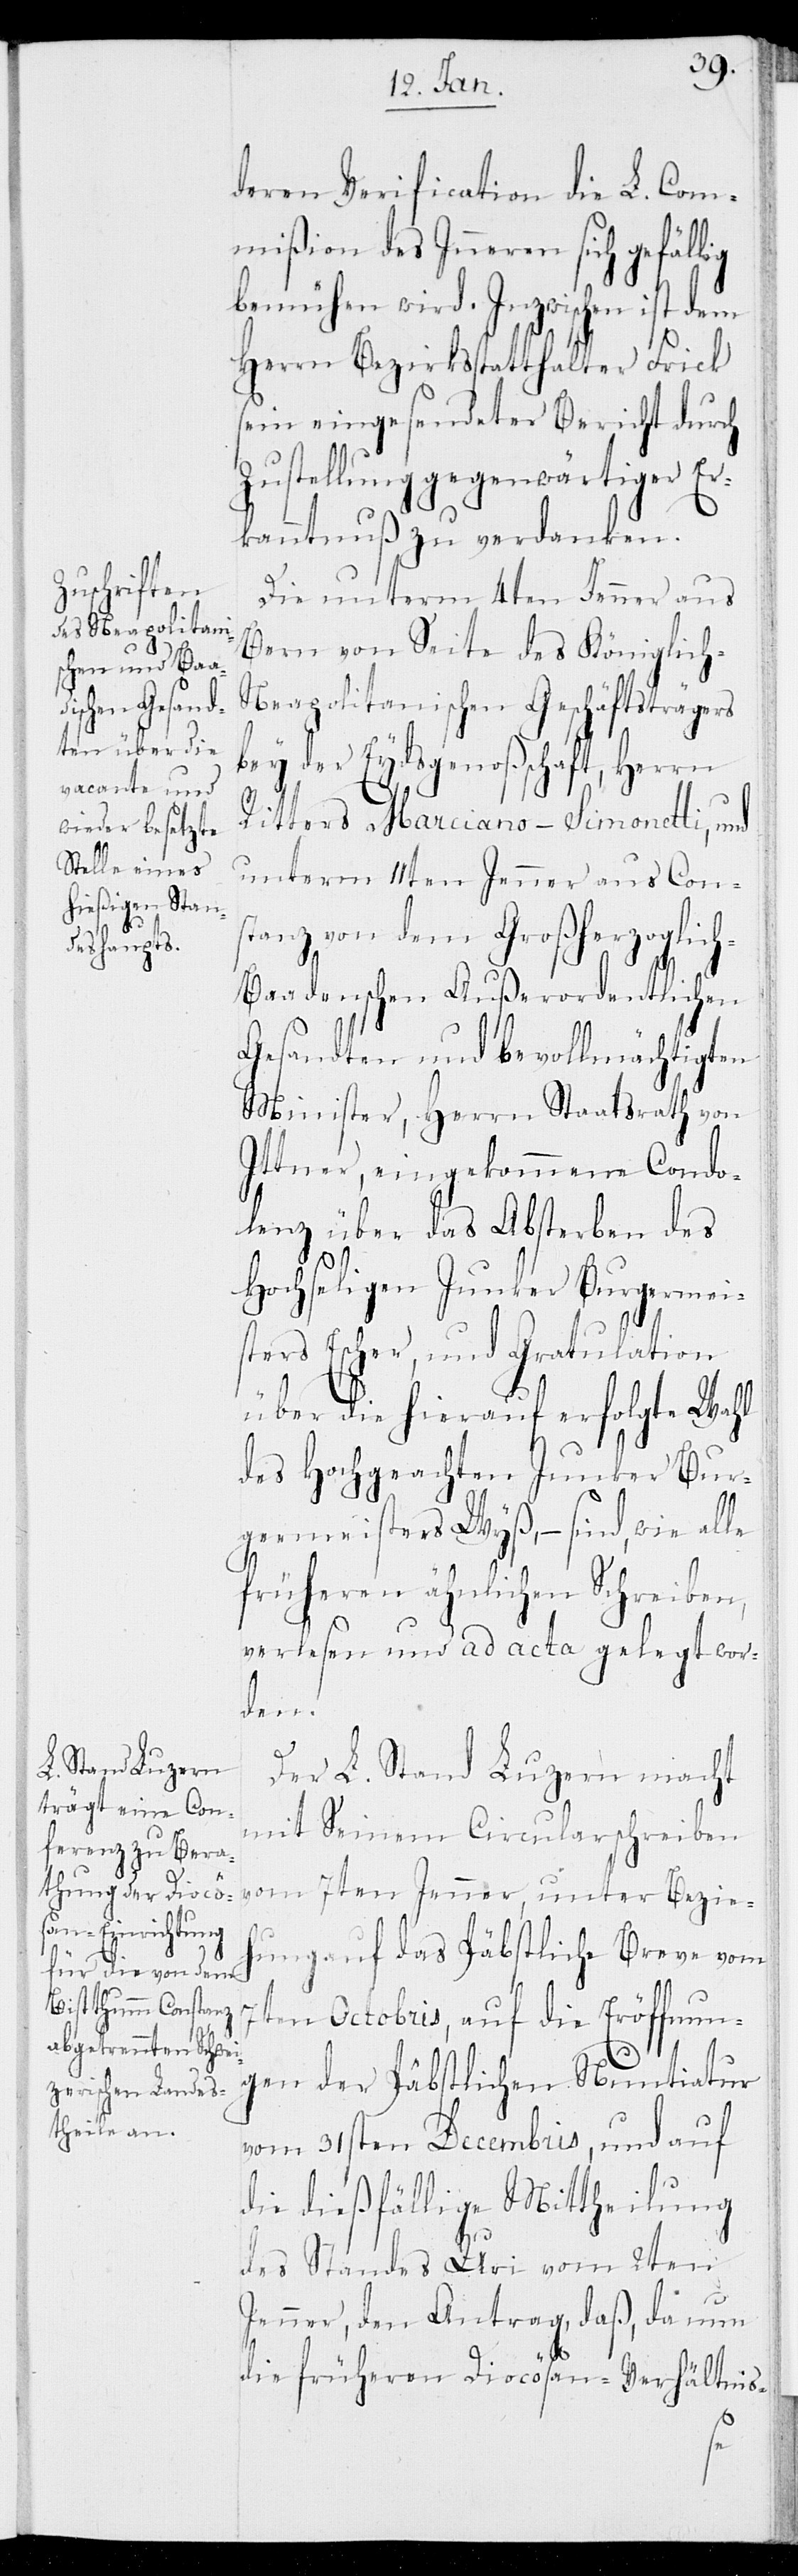
deren Verification die L. Com¬
mißion des Inneren sich gefällig
bemühen wird. Inzwischen ist dem
Herrn Bezirksstatthalter Frick
sein eingesendeter Bericht durch
Zustellung gegenwärtiger Er¬
kanntnuß zu verdanken.
Die unterm 4ten Jenner aus
Bern von Seite des Königlich-N¬
eapolitanischen Geschäftsträgers
bey der Eydsgenoßschaft, Herrn
Ritters Marciano-Simonetti, und
unterm 11ten Jenner aus Con¬
stanz von dem Großherzoglic¬
h-Baadenschen Außerordentlichen
Gesandten und bevollmächtigten
Minister, Herrn Staatsrath von
Ittner, eingekommene Condo¬
lenz über das Absterben des
hochseligen Junker Burgermei¬
sters Escher, und Gratulation
über die hierauf erfolgte Wahl
des Hochgeachten Junker Bur¬
germeisters Wyß, – sind, wie alle
früheren ähnlichen Schreiben,
verlesen und ad acta gelegt wor¬
den.
Der L. Stand Luzern macht
mit Seinem Circularschreiben
vom 7ten Jenner, unter Bezie¬
hung auf das Päbstliche Breve vom
7ten Octobris, auf die Eröffnun¬
gen der Päbstlichen Nuntiatur
vom 31sten Decembris, und auf
die dießfällige Mittheilung
des Standes Uri vom 2ten
Jenner, den Antrag, daß, da nun
die früheren Diocösan-Verhältnis-